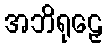
အဘိရုဠှေ